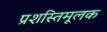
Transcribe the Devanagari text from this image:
प्रशस्तिमूलक